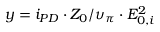
y = i _ { P D } \cdot Z _ { 0 } / \upsilon _ { \pi } \cdot E _ { 0 , i } ^ { 2 }